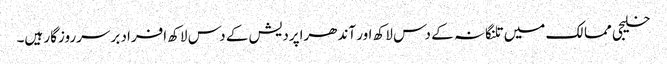
خلیجی ممالک میں تلنگانہ کے دس لاکھ اور آندھراپردیش کے دس لاکھ افراد برسرروزگار ہیں۔